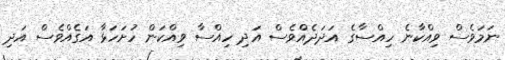
ނަމަވެސް ވިއްކާނެ ހިއްސާގެ އަދަދެއްވެސް އަދި ހިއްސާ ވިއްކަން ހުށަހަޅާ އަގެއްވެސް އަދި